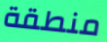
منطقة